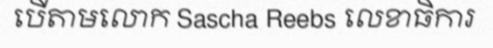
បើតាមលោក Sascha Reebs លេខាធិការ